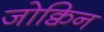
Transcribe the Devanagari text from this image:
जोक्विन